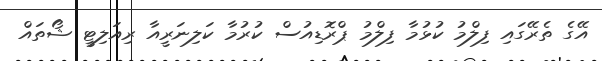
އޭގެ ތެރޭގައި ފިލްމު ކުޅުމާ ފިލްމު ޕްރޮޑިއުސް ކުރުމާ ކަލިނަރީއާ ރިއަލިޓީ ޝޯތައް